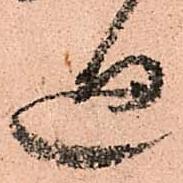
廻